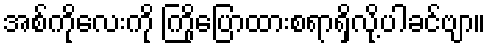
အစ်ကိုလေးကို ကြိုပြောထားစရာရှိလို့ပါခင်ဗျာ။